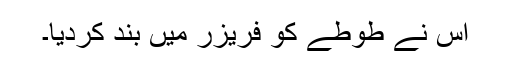
اس نے طوطے کو فریزر میں بند کردیا۔